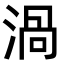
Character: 渦